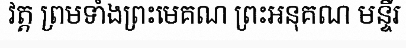
វត្ត ព្រមទាំងព្រះមេគណ ព្រះអនុគណ មន្ទីរ